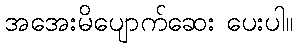
အအေးမိပျောက်ဆေး ပေးပါ။